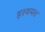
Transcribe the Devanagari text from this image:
इस्थमल